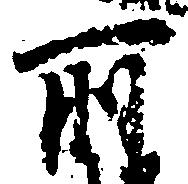
所